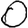
Digit: 0